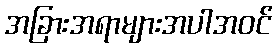
အခြားအရာများအပါအဝင်